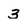
Character: 3